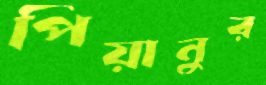
পিয়ানুর